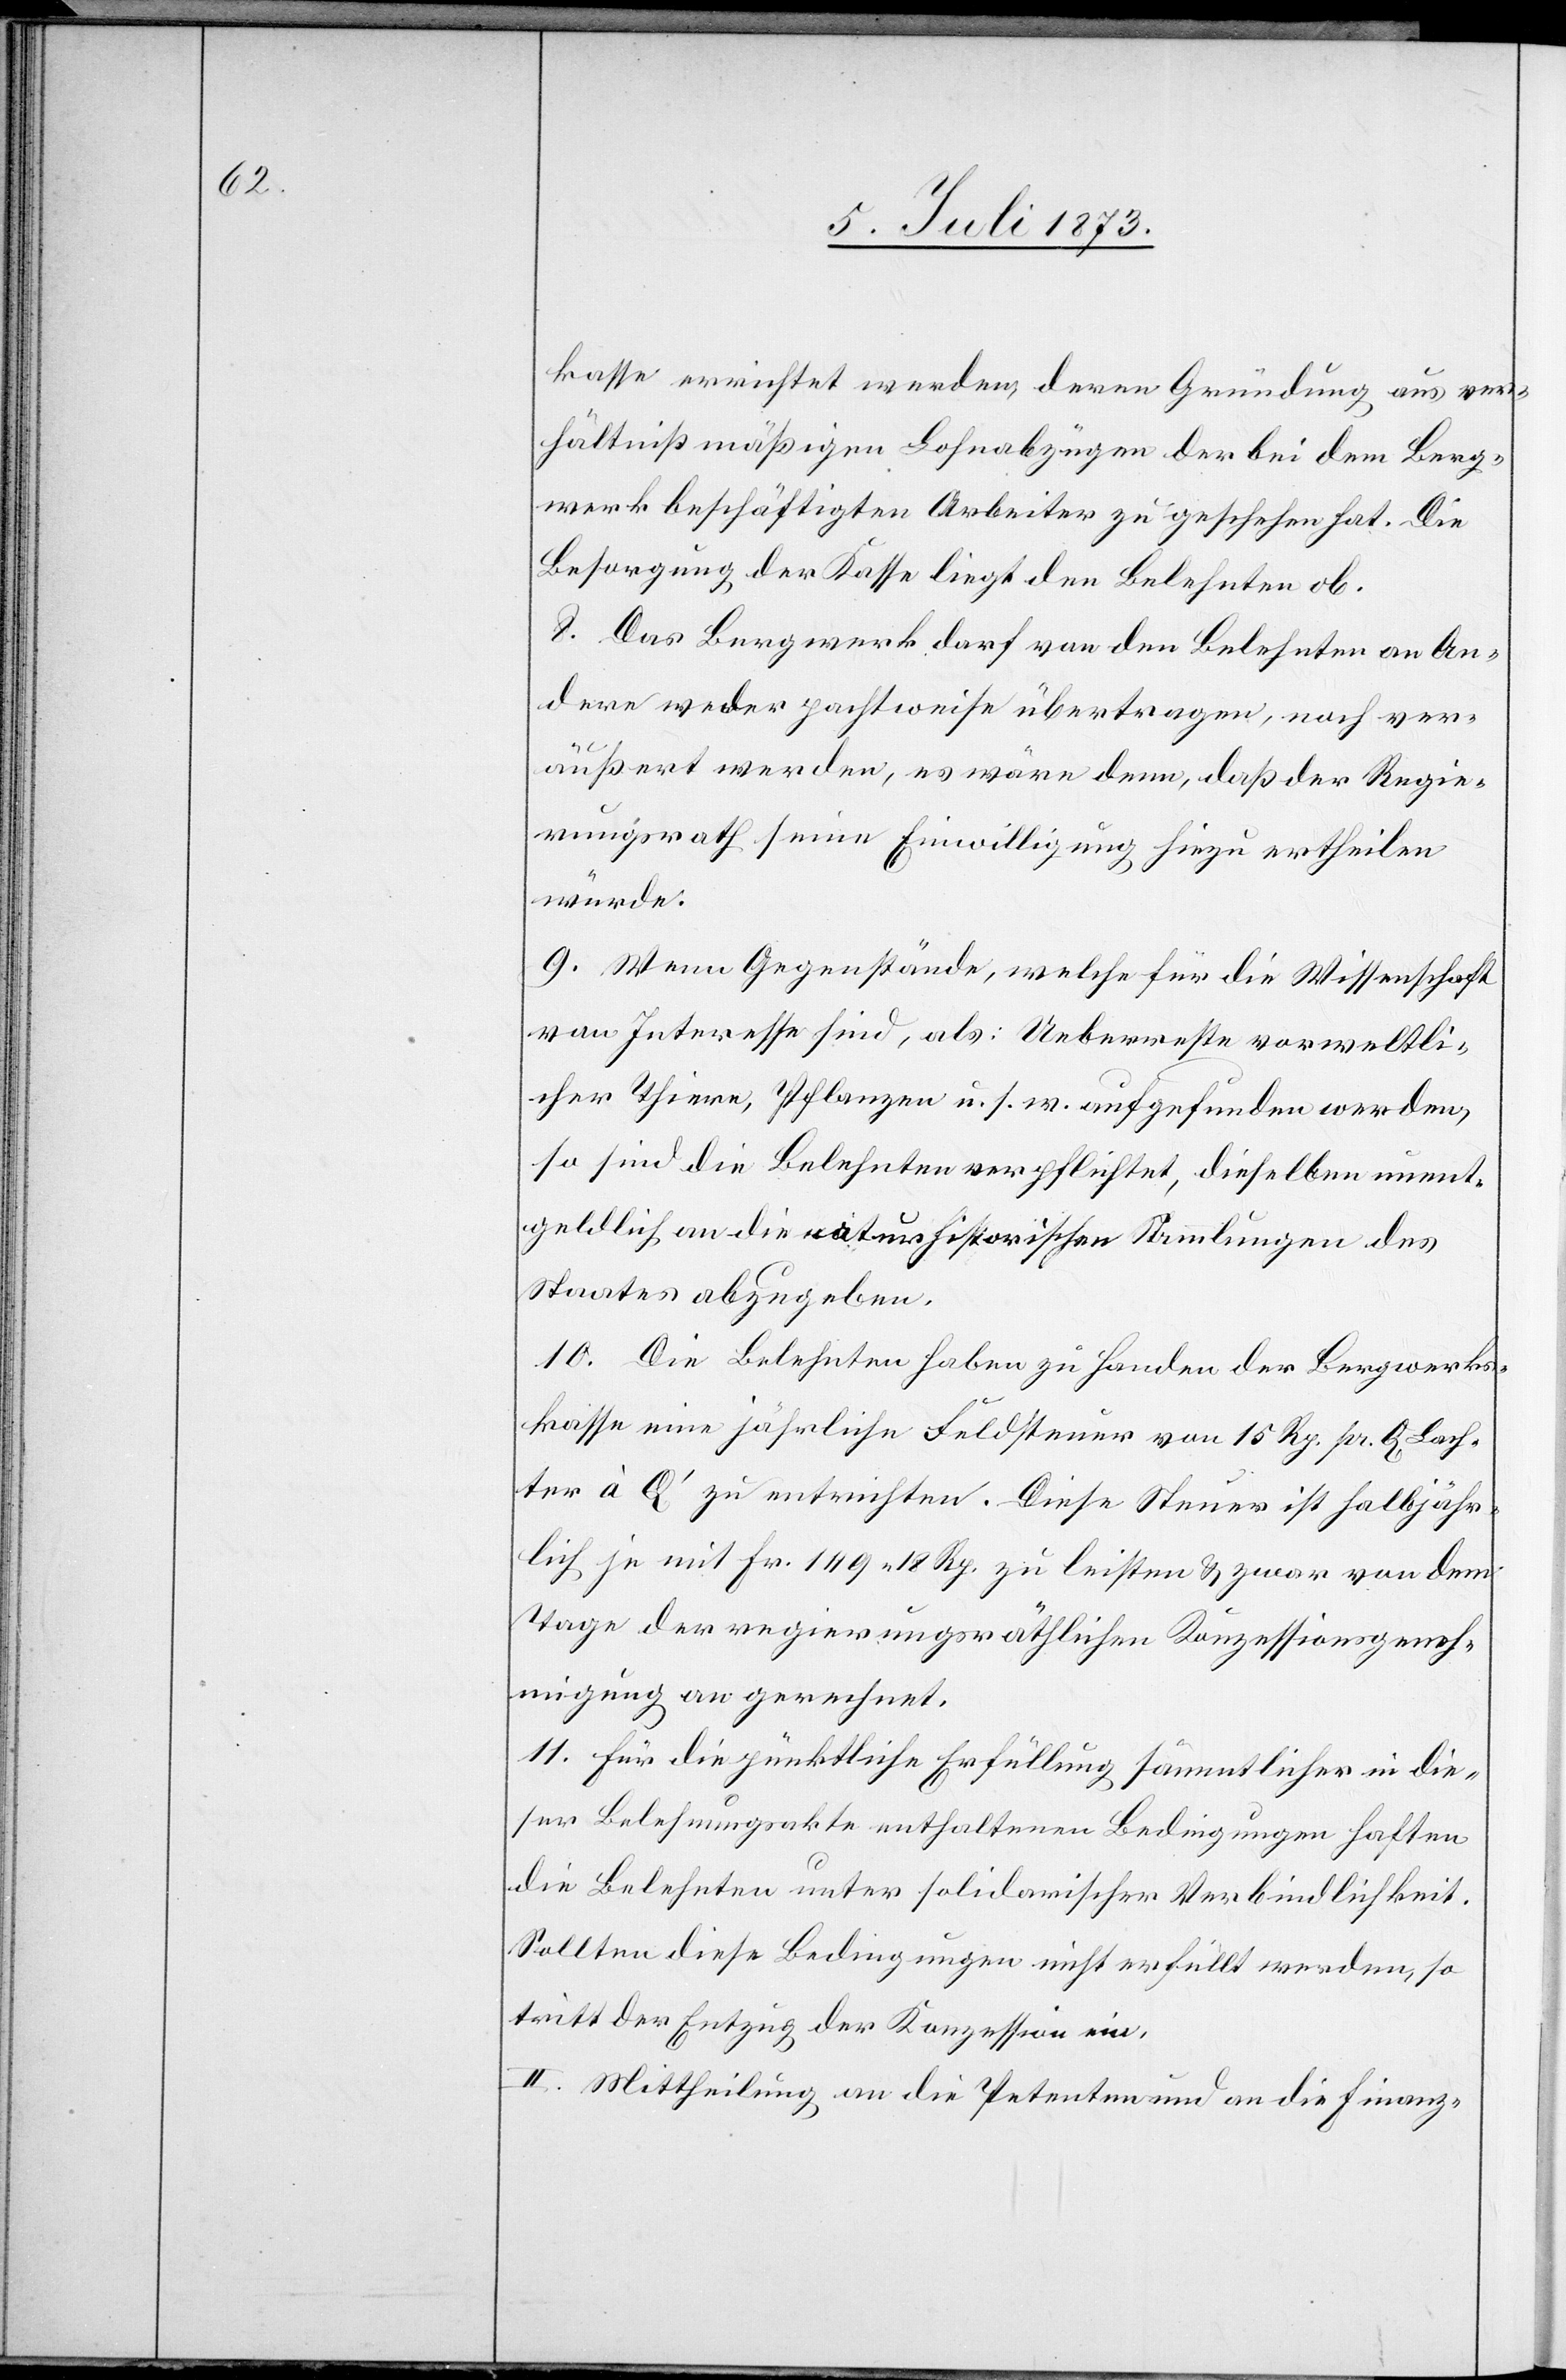
kasse errichtet werden, deren Gründung aus ver¬
hältnißmäßigen Lohnabzügen der bei dem Berg¬
werk beschäftigten Arbeiter zu geschehen hat. Die
Besorgung der Kasse liegt den Belehnten ob.
8. Das Bergwerk darf von den Belehnten an An¬
dere weder pachtweise übertragen, noch ver¬
äußert werden, es wäre denn, daß der Regie¬
rungsrath seine Einwilligung hiezu ertheilen
würde.
9. Wenn Gegenstände, welche für die Wissenschaft
von Interesse sind, als: Ueberreste vorweltli¬
cher Thiere, Pflanzen u. s. w. aufgefunden werden,
so sind die Belehnten verpflichtet, dieselben unent¬
geldlich an die naturhistorischen Sammlungen des
Staates abzugeben.
10. Die Belehnten haben zu Handen der Bergwerks¬
kasse eine jährliche Feldsteuer von 15 Rp. pr. Q Lach¬
ter à Q‘ zu entrichten. Diese Steuer ist halbjähr¬
lich je mit Fr. 149 18 Rp. zu leisten & zwar von dem
Tage der regierungsräthlichen Konzessionsgeneh¬
migung an gerechnet.
11. Für die pünktliche Erfüllung sämmtlicher in die¬
ser Belehnungsakte enthaltenen Bedingungen haften
die Belehnten unter solidarischer Verbindlichkeit.
Sollten diese Bedingungen nicht erfüllt werden, so
tritt der Entzug der Konzession ein.
II. Mittheilung an die Petenten und an die Finanz-